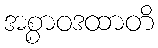
အစ္စာဝဒထာတိ